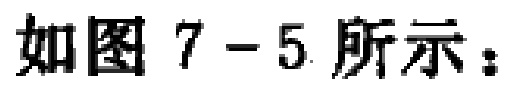
如图7-5所示：